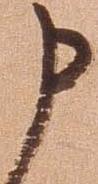
申